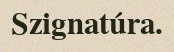
Szignatúra.